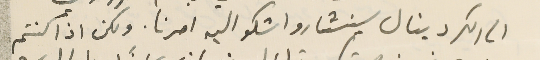
الى الكردينال سينشارو اشكو اليه امرنا. ولكن اذا كنتم